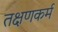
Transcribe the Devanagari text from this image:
तक्षणकर्म